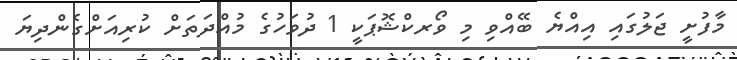
މާފުށީ ޖަލުގައި އިއްޔެ ބޭއްވި މި ވޯރކްޝޮޕަކީ 1 ދުވަހުގެ މުއްދަތަށް ކުރިއަށްގެންދިޔަ